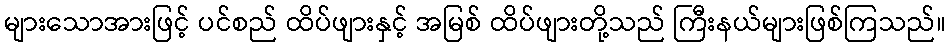
များသောအားဖြင့် ပင်စည် ထိပ်ဖျားနှင့် အမြစ် ထိပ်ဖျားတို့သည် ကြီးနယ်များဖြစ်ကြသည်။